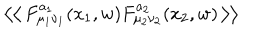
LaTeX: \left< \left< \, F _ { \mu _ { 1 } \nu _ { 1 } } ^ { a _ { 1 } } ( x _ { 1 } , w ) F _ { \mu _ { 2 } \nu _ { 2 } } ^ { a _ { 2 } } ( x _ { 2 } , w ) \, \right> \right>